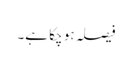
فیصلہ ہو چکا ہے۔